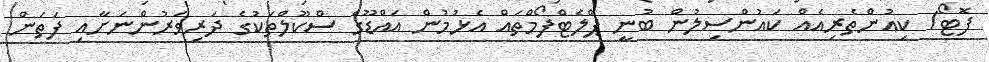
ފޮޓޯ/ ކިއުންތެރިއެއް ކައުންސިލުން ބުނީ ޕްލެޓްފޯމްތައް އެޅުމުން އައްޑޫގެ ސްކޫލްތަކުގެ ދަރިވަރުންނަށާއި ފަތަން